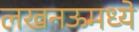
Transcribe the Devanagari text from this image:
लखनऊमध्ये